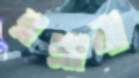
ব্লগ্রানা